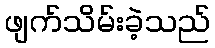
ဖျက်သိမ်းခဲ့သည်